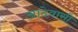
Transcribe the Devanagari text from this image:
आदेवासी